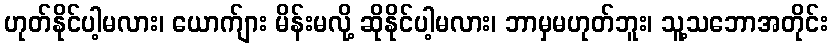
ဟုတ်နိုင်ပါ့မလား၊ ယောက်ျား မိန်းမလို့ ဆိုနိုင်ပါ့မလား၊ ဘာမှမဟုတ်ဘူး၊ သူ့သဘောအတိုင်း